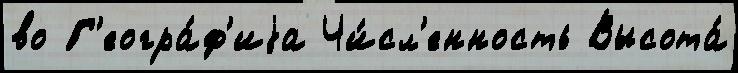
во Г'еогра́ф'иjа Чи́сл'енность Высота́